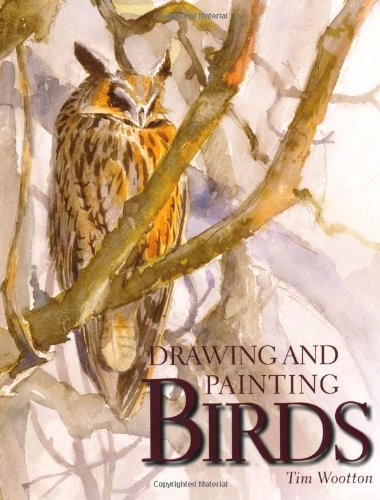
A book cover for Drawing and Painting Birds; Tim Wootton; Arts & Photography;